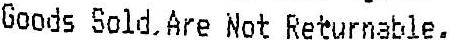
GOODS SOLD ARE NOT RETURNABLE.